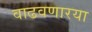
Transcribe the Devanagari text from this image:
वाढवणारया